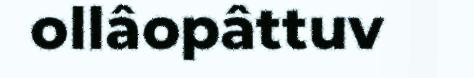
ollâopâttuv